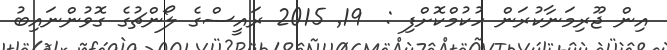
އިން ޖޫރިމަނާކުރަން ހުކުމްކޮށްފި :  19